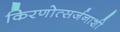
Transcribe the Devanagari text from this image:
किरणोत्सर्जनाशी